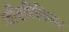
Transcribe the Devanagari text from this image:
जीवचिकित्सा